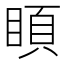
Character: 𥈗